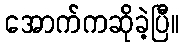
အောက်ကဆိုခဲ့ပြီ။